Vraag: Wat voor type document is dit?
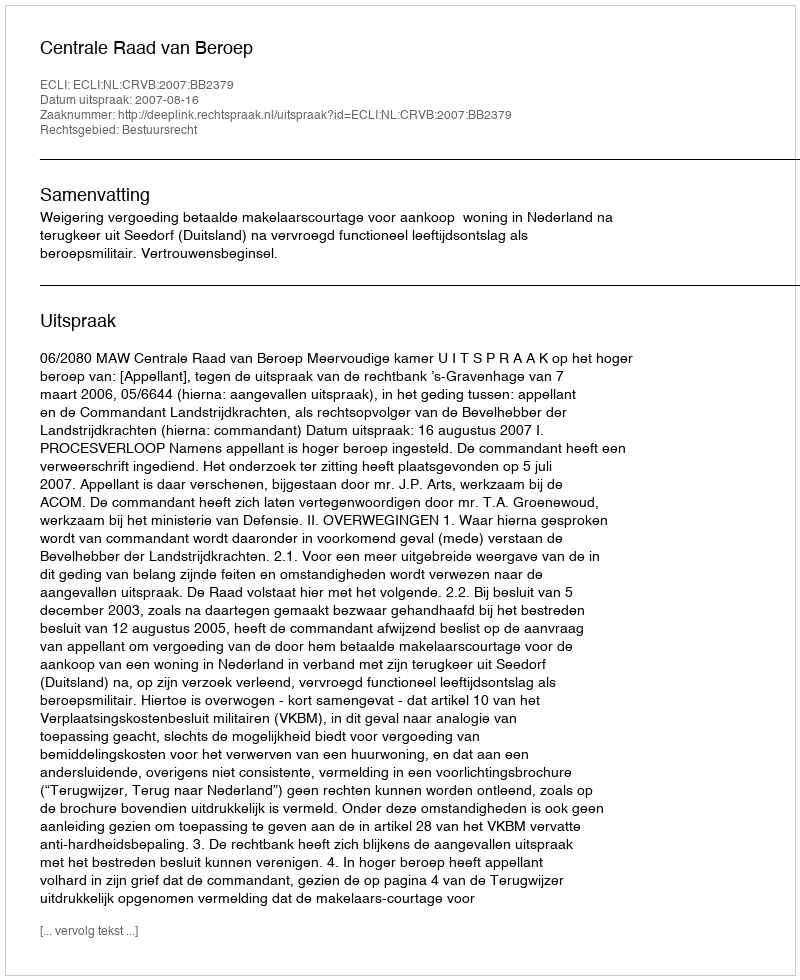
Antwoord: Uitspraak